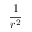
\frac { 1 } { r ^ { 2 } }